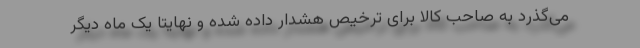
می‌گذرد به صاحب کالا برای ترخیص هشدار داده شده و نهایتا یک ماه دیگر